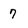
Character: 7